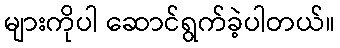
များကိုပါ ဆောင်ရွက်ခဲ့ပါတယ်။